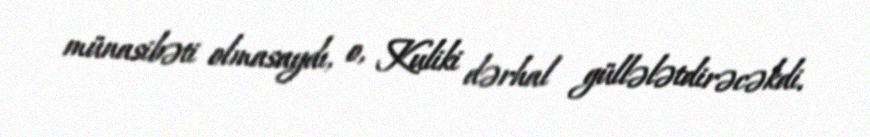
münasibəti olmasaydı, o, Kuliki dərhal güllələtdirəcəkdi.